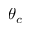
\theta _ { c }